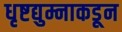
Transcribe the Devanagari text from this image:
धृष्टद्युम्नाकडून